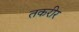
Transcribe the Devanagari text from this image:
तकरीर